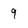
Character: 9